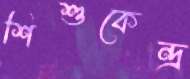
শিশুকেন্দ্র